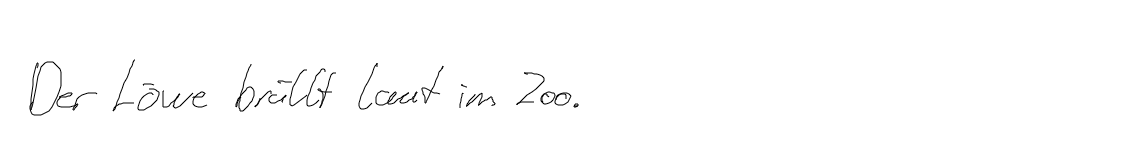
Der Löwe brüllt laut im Zoo.